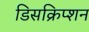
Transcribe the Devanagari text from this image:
डिसक्रिप्शन